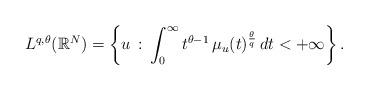
LaTeX: \begin{align*}L^{q,\theta}(\mathbb{R}^N)=\left\{u\, :\, \int_0^\infty t^{\theta-1}\,\mu_u(t)^\frac{\theta}{q}\,dt<+\infty\right\}.\end{align*}